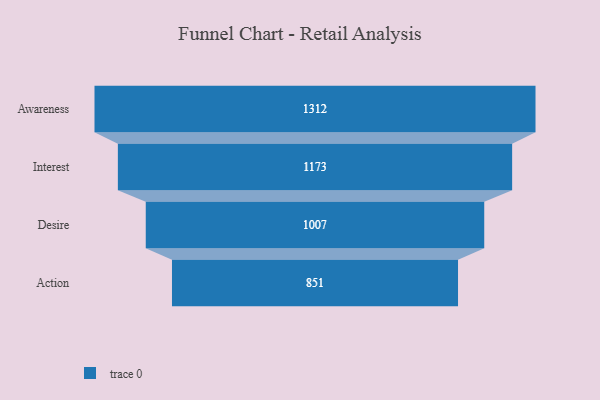
{"axis": {"x": "Stage", "y": "Value"}, "legend": [""], "data": [{"x": "Awareness", "y": 1312.0, "type": ""}, {"x": "Interest", "y": 1173.0, "type": ""}, {"x": "Desire", "y": 1007.0, "type": ""}, {"x": "Action", "y": 851.0, "type": ""}]}